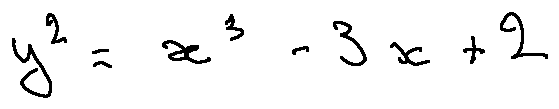
y ^ { 2 } = x ^ { 3 } - 3 x + 2